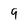
Character: 9